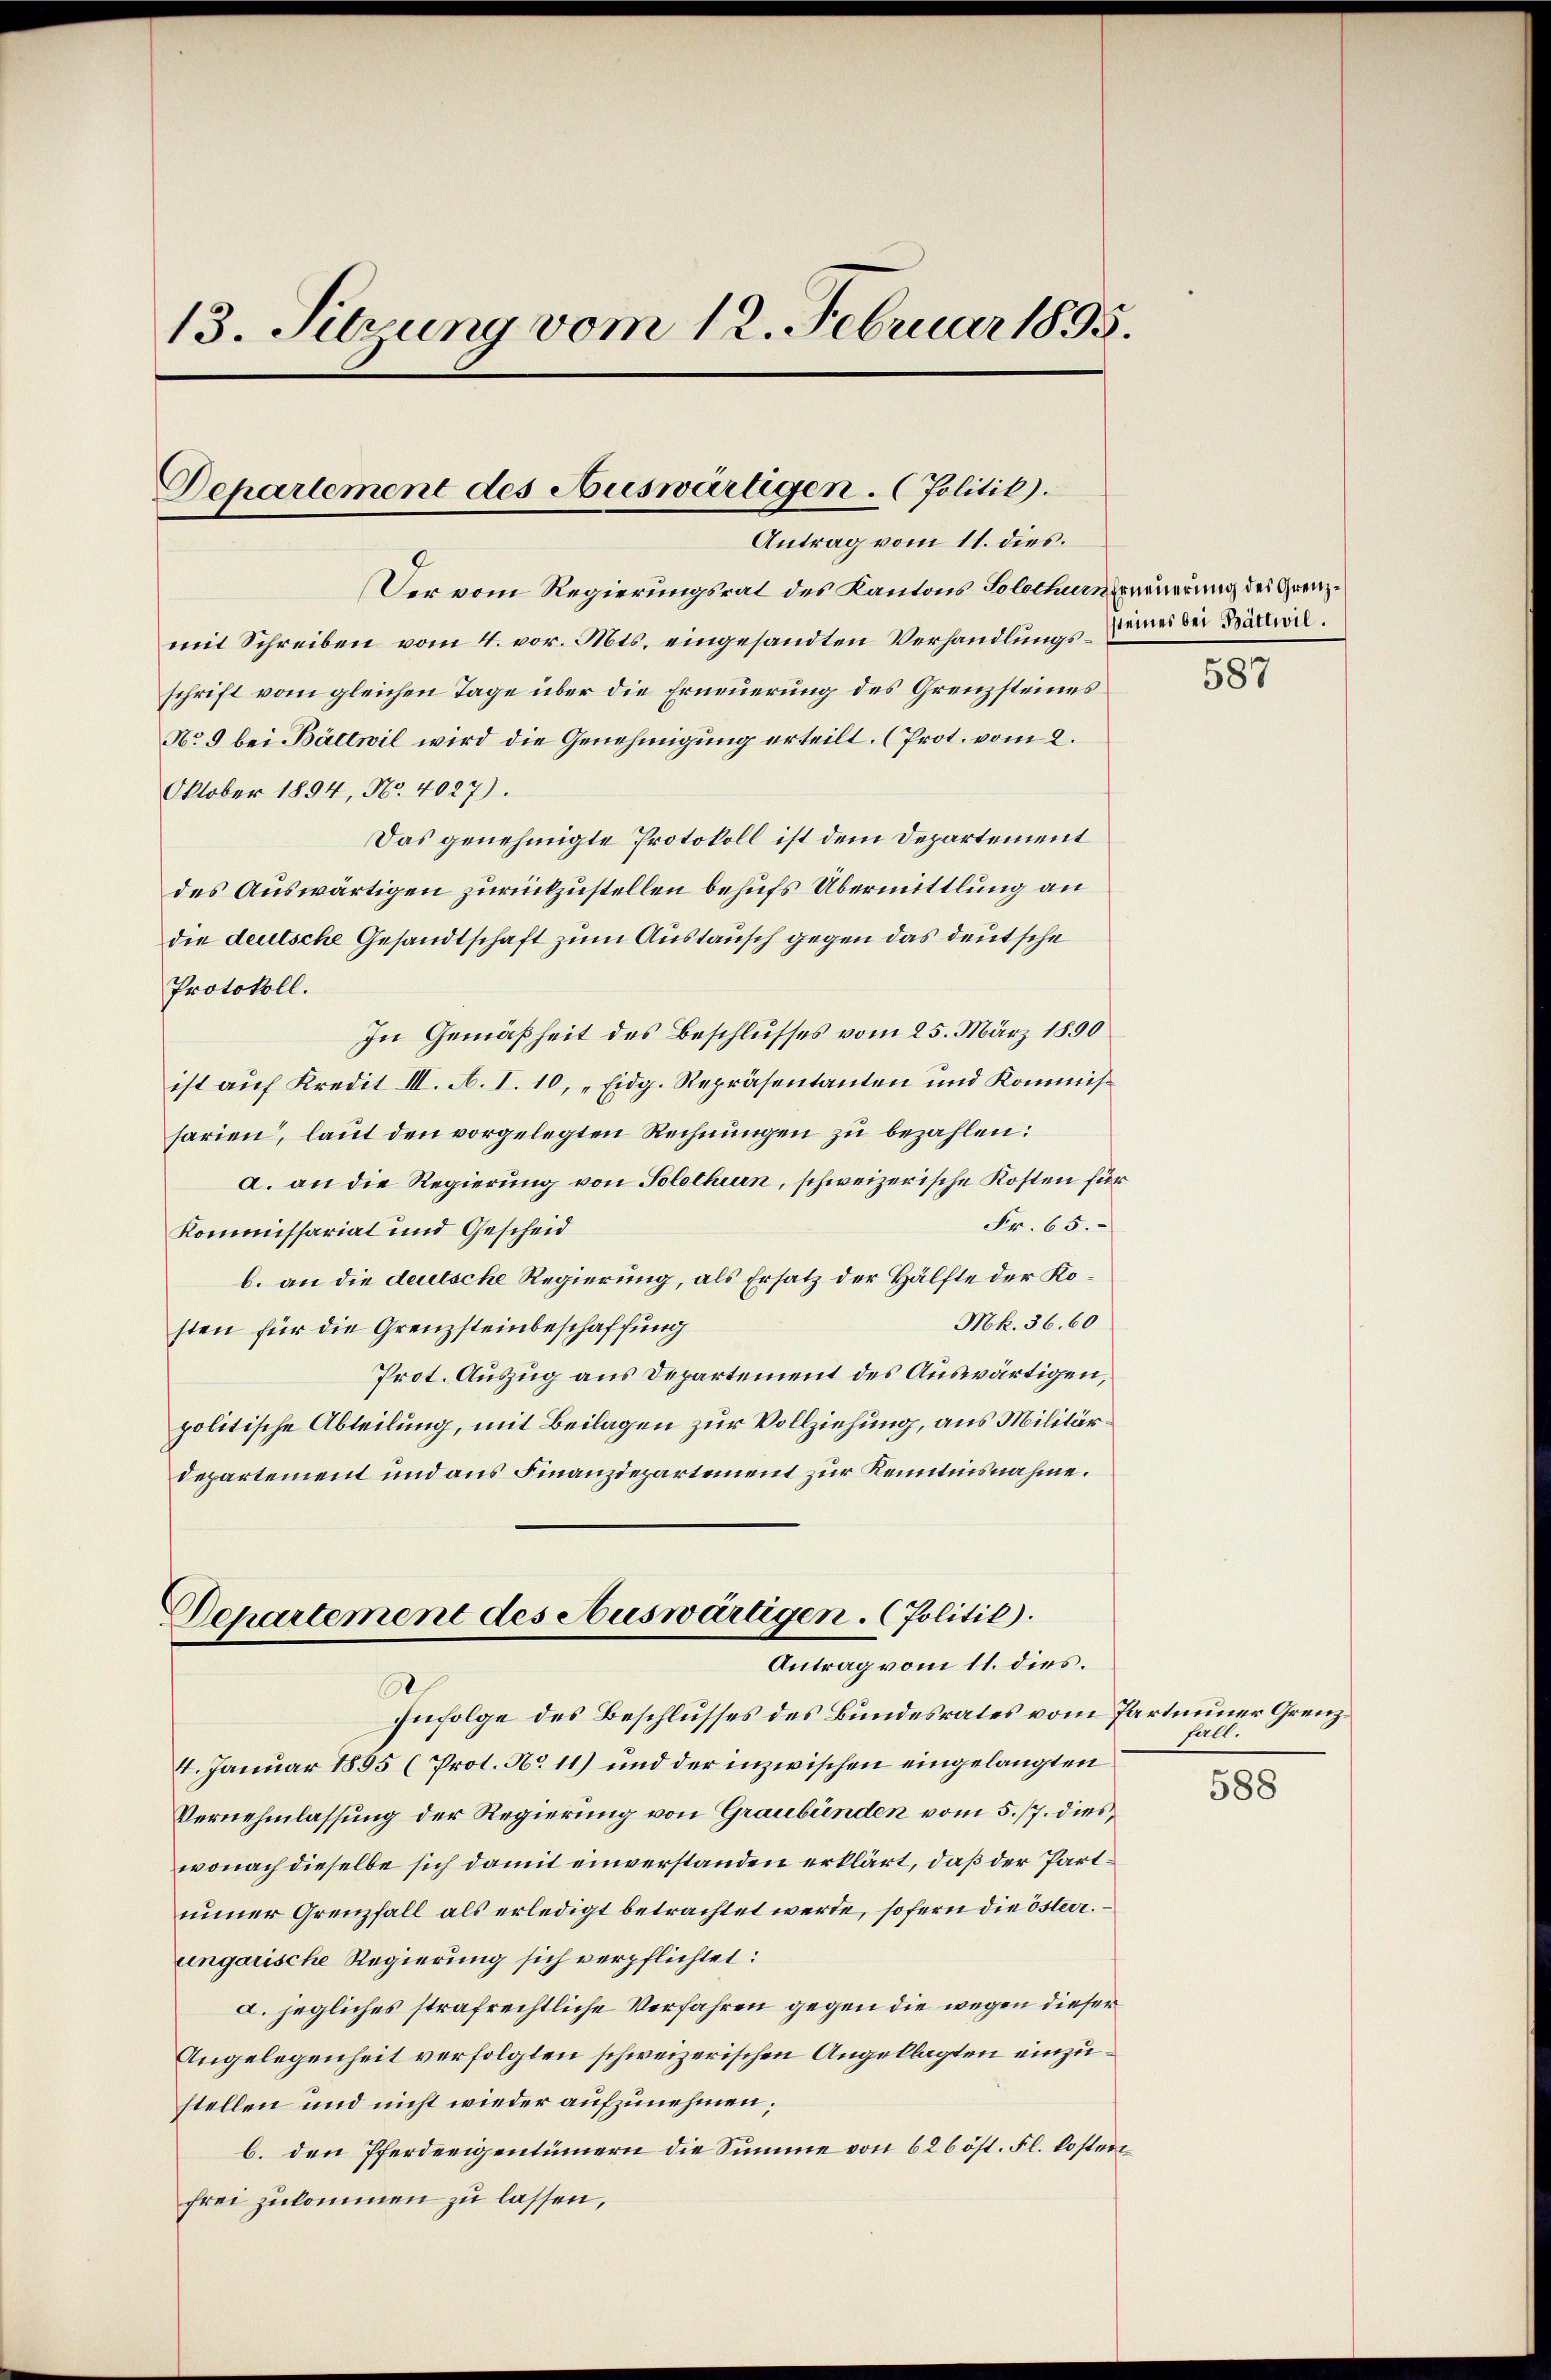
13. Sitzung vom 12. Februar 1895.
Departement des Auswärtigen. (Politik).
Antrag vom 11. dies.

Der vom Regierungsrat des Kantons Solothurn neuerung des Grenzmit Schreiben vom 4. vor. Mts. eingesandten Verhandlungs-Zwei der Bättwilschrift vom gleichen Tage über die Erneuerung des Grenzsteines
No 9 bei Bättwil wird die Genehmigung erteilt. (Prot. vom 2.
Oktober 1894, No. 4027).
Das genehmigte Protokoll ist dem Departement
des Auswärtigen zurückzustellen behufs Übermittlung an
die deutsche Gesandtschaft zum Austausch gegen das deutsche
Protokoll.
In Gemäßheit des Beschlusses vom 25. März 1890
ist auf Kredit III. A. I. 10, „Eidg. Repräsentanten und Kommissarien, laut den vorgelegten Rechnungen zu bezahlen:
a. an die Regierung von Solothurn, schweizerische Kosten für
Fr. 65.
Kommissariat und Gescheid
b. an die deutsche Regierung, als Ersatz der Hälfte der Ko¬
Mk. 36. 60
sten für die Grenzsteinbeschaffung
Prot. Auszug aus Departement des Auswärtigen,
politische Abteilung, mit Beilagen zur Vollziehung, aus Militär
departement und aus Finanzdepartement zur Kenntnisnahme.

Departement des Auswärtigen. (Politik).
Antrag vom 11. dies.

Infolge des Beschlusses des Bundesrates vom Partinuer Grenz¬
14. Januar 1895 (Prot. No 11) und der inzwischen eingelangten
Vernehmlassung der Regierung von Graubünden vom 5. 17. dieswonach dieselbe sich damit einverstanden erklärt, daß der Partnuner Grenzfall als erledigt betrachtet werde, sofern die österr.
ungarische Regierung sich verpflichtet:
a. jegliches strafrechtliche Verfahren gegen die wegen dieser
Angelegenheit verfolgten schweizerischen Angeklagten einzustellen und nicht wieder aufzunehmen;
b. den Pferdeeigentümern die Summe von 626 öst. Fl. kosten
frei zukommen zu lassen,

587

halt.
588